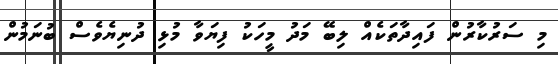
މި ސަރުކާރުން ފައިދާތަކެއް ލިބޭ މަދު މީހަކު ފިޔަވާ މުޅި ދުނިޔެވެސް ބުނަމުން